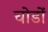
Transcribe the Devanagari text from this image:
चोडों